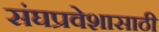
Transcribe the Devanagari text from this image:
संघप्रवेशासाठी